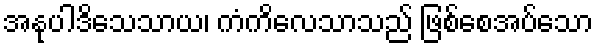
အနုပါဒိသေသာယ၊ ကံကိလေသာသည် ဖြစ်စေအပ်သော